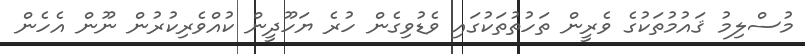
މުސްލިމު ޤައުމުތަކުގެ ވެރީން ތަހުތުތަކުގައި ވެޑުވިގެން ހުރެ ޔަހޫދީން ކުއްވެރިކުރުން ނޫން އެހެން